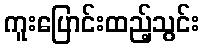
ကူးပြောင်းထည့်သွင်း